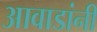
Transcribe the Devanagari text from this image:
आवाडांनी